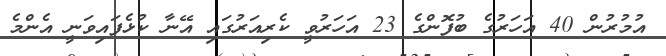
އުމުރުން 40 އަހަރުގެ ބުފޮންގެ 23 އަހަރުވީ ކެރިއަރުގައި އޭނާ ކުޅެފައިވަނީ އެންމެ